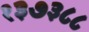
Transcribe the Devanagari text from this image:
१३७३८८